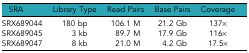
<table><thead><tr><td><b>SRA</b></td><td><b>Library Type</b></td><td><b>Read Pairs</b></td><td><b>Base Pairs</b></td><td><b>Coverage</b></td></tr></thead><tbody><tr><td>SRX689044</td><td>180 bp</td><td>106.1 M</td><td>21.2 Gb</td><td>137×</td></tr><tr><td>SRX689045</td><td>3 kb</td><td>89.7 M</td><td>17.9 Gb</td><td>116×</td></tr><tr><td>SRX689047</td><td>8 kb</td><td>21.0 M</td><td>4.2 Gb</td><td>17.5×</td></tr></tbody></table>